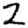
Digit: 2